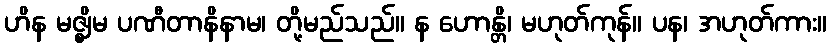
ဟိန မဇ္ဈိမ ပဏီတာနိနာမ၊ တို့မည်သည်။ န ဟောန္တိ၊ မဟုတ်ကုန်။ ပန၊ အဟုတ်ကား။